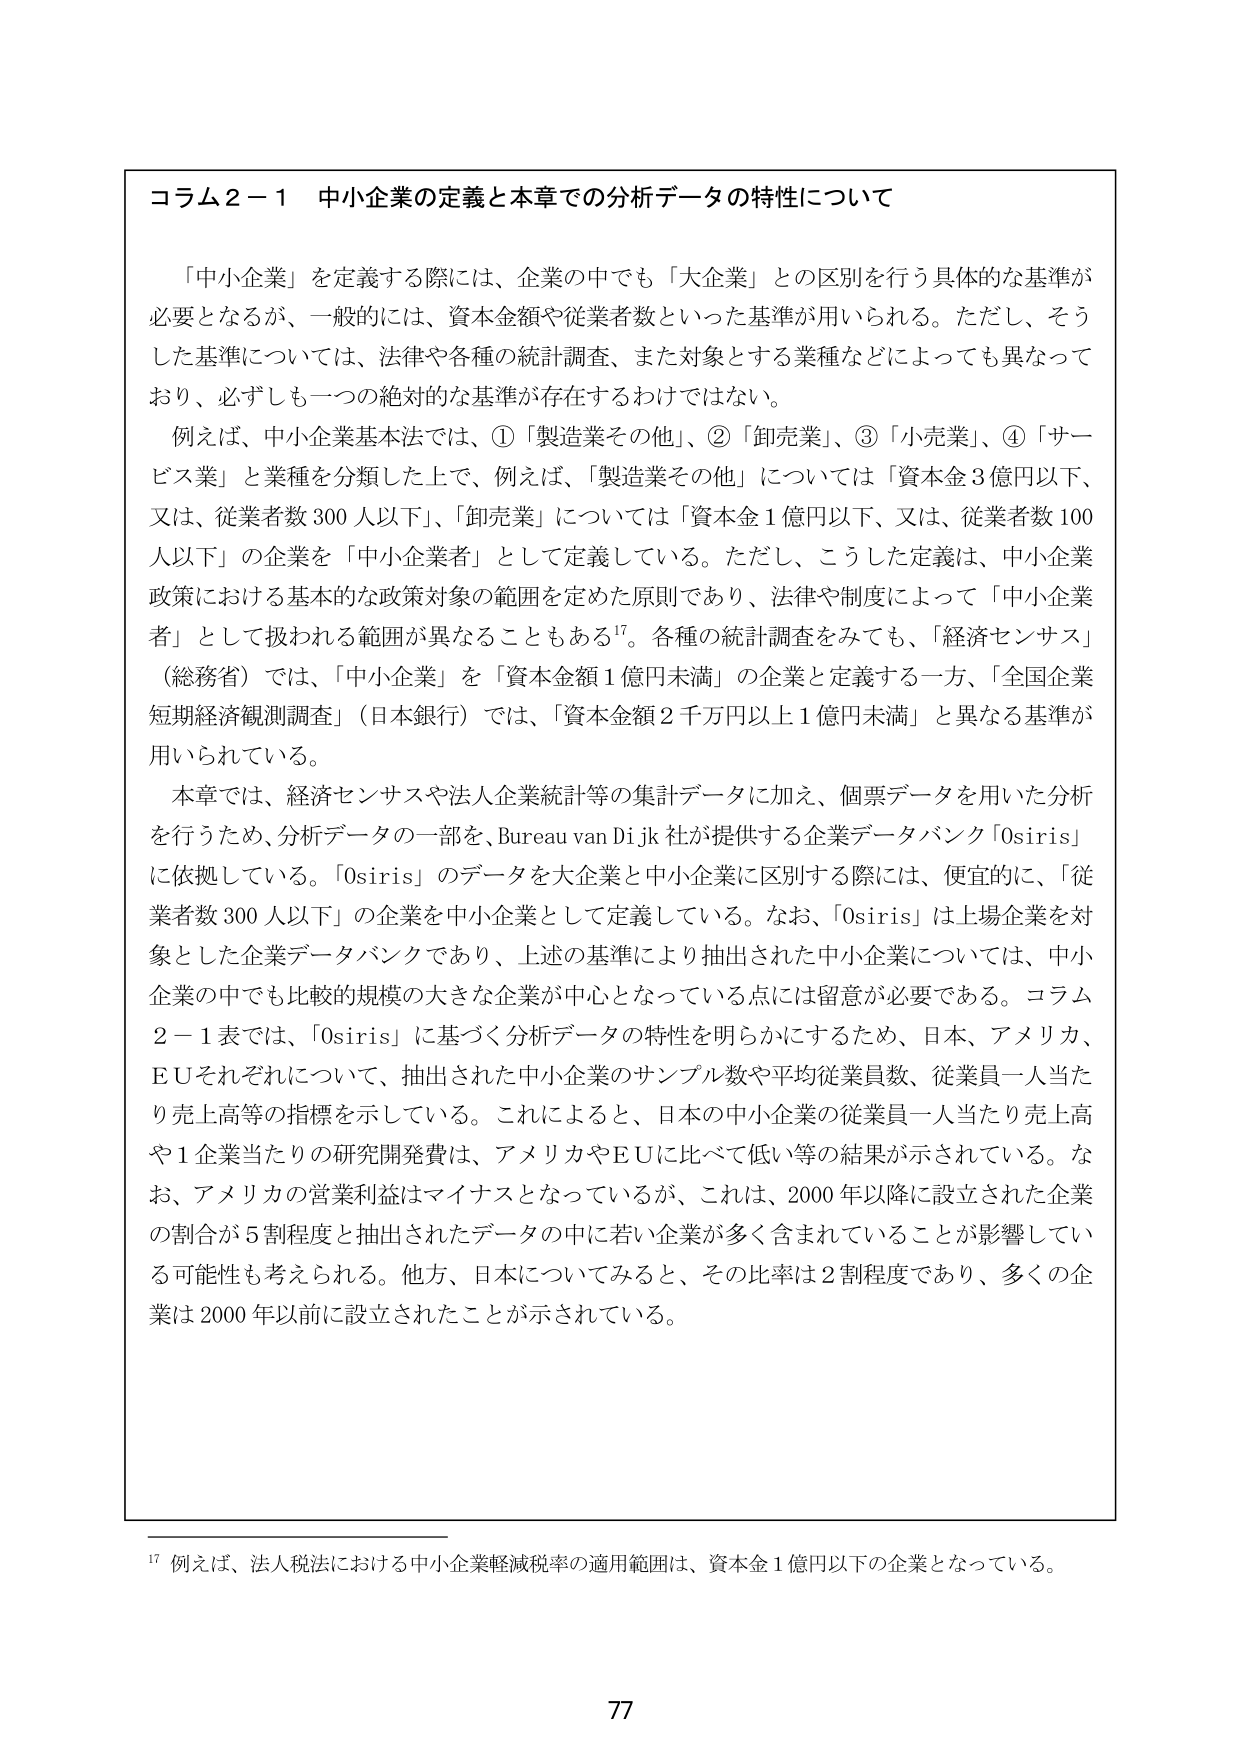
コラム２－１　中小企業の定義と本章での分析データの特性について

「中小企業」を定義する際には、企業の中でも「大企業」との区別を行う具体的な基準が必要となるが、一般的には、資本金額や従業者数といった基準が用いられる。ただし、そうした基準については、法律や各種の統計調査、また対象とする業種などによっても異なっており、必ずしも一つの絶対的な基準が存在するわけではない。

例えば、中小企業基本法では、①「製造業その他」、②「卸売業」、③「小売業」、④「サービス業」と業種を分類した上で、例えば、「製造業その他」については「資本金３億円以下、又は、従業者数３００人以下」、「卸売業」については「資本金１億円以下、又は、従業者数１００人以下」の企業を「中小企業者」として定義している。ただし、こうした定義は、中小企業政策における基本的な政策対象の範囲を定めた原則であり、法律や制度によって「中小企業者」として扱われる範囲が異なることもある¹⁷。各種の統計調査をみても、「経済センサス」（総務省）では、「中小企業」を「資本金額１億円未満」の企業と定義する一方、「全国企業短期経済観測調査」（日本銀行）では、「資本金額２千万円以上１億円未満」と異なる基準が用いられている。

本章では、経済センサスや法人企業統計等の集計データに加え、個票データを用いた分析を行うため、分析データの一部を、Bureau van Dijk社が提供する企業データバンク「Osiris」に依拠している。「Osiris」のデータを大企業と中小企業に区別する際には、便宜的に、「従業者数３００人以下」の企業を中小企業として定義している。なお、「Osiris」は上場企業を対象とした企業データバンクであり、上述の基準により抽出された中小企業については、中小企業の中でも比較的規模の大きな企業が中心となっている点には留意が必要である。コラム２－１表では、「Osiris」に基づく分析データの特性を明らかにするため、日本、アメリカ、ＥＵそれぞれについて、抽出された中小企業のサンプル数や平均従業員数、従業員一人当たり売上高等の指標を示している。これによると、日本の中小企業の従業員一人当たり売上高や１企業当たりの研究開発費は、アメリカやＥＵに比べて低い等の結果が示されている。なお、アメリカの営業利益はマイナスとなっているが、これは、２０００年以降に設立された企業の割合が５割程度と抽出されたデータの中に若い企業が多く含まれていることが影響している可能性も考えられる。他方、日本についてみると、その比率は２割程度であり、多くの企業は２０００年以前に設立されたことが示されている。

¹⁷ 例えば、法人税法における中小企業軽減税率の適用範囲は、資本金１億円以下の企業となっている。

77